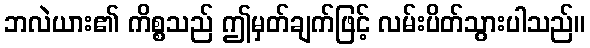
ဘလဲယား၏ ကိစ္စသည် ဤမှတ်ချက်ဖြင့် လမ်းပိတ်သွားပါသည်။